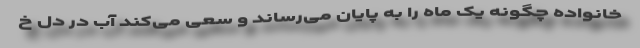
خانواده چگونه یک ماه را به پایان می‌رساند و سعی می‌کند آب در دل خ